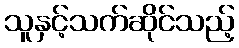
သူနှင့်သက်ဆိုင်သည့်